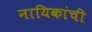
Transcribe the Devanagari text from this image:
नायिकांची